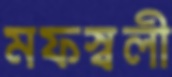
মফস্বলী